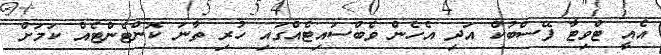
އެއީ ޓްވިޓާ ފޭސްބުކް އަދި އެހެން ވެބްސައިޓެއްގައި ހުރި ތާނަ ކޮންޓެންޓެއް ކަމަށް